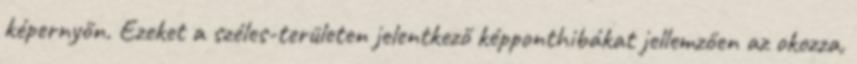
képernyőn. Ezeket a széles-területen jelentkező képponthibákat jellemzően az okozza,